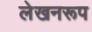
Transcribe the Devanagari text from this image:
लेखनरूप